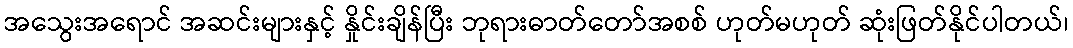
အသွေးအရောင် အဆင်းများနှင့် နှိုင်းချိန်ပြီး ဘုရားဓာတ်တော်အစစ် ဟုတ်မဟုတ် ဆုံးဖြတ်နိုင်ပါတယ်၊